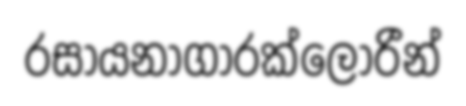
රසායනාගාරක්ලෝරීන්